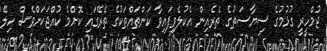
ޖުމްހީރީ ގުޅުމުގެ ސިޔާސަތުގެ ތެރެއިން އެކުލެވިފައިވާ ކަންތައްތަކުގެ ތެރޭގައި ކޮށްމެ ކުއްޖަކަށްވެސް ހިލޭ